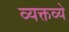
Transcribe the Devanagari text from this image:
व्यक्तव्ये